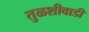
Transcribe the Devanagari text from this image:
तुळशीवाडी